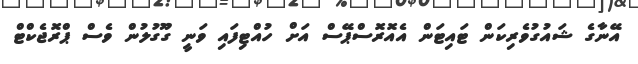
އޭނާގެ ޝައުގުވެރިކަން ޓައިޓަން އެއޮރޮސްޕޭސް އަށް ހުއްޓިފައި ވަނީ ގޫގުލުން ވެސް ޕްރޮޖެކްޓް